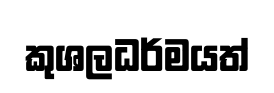
කුශලධර්මයත්